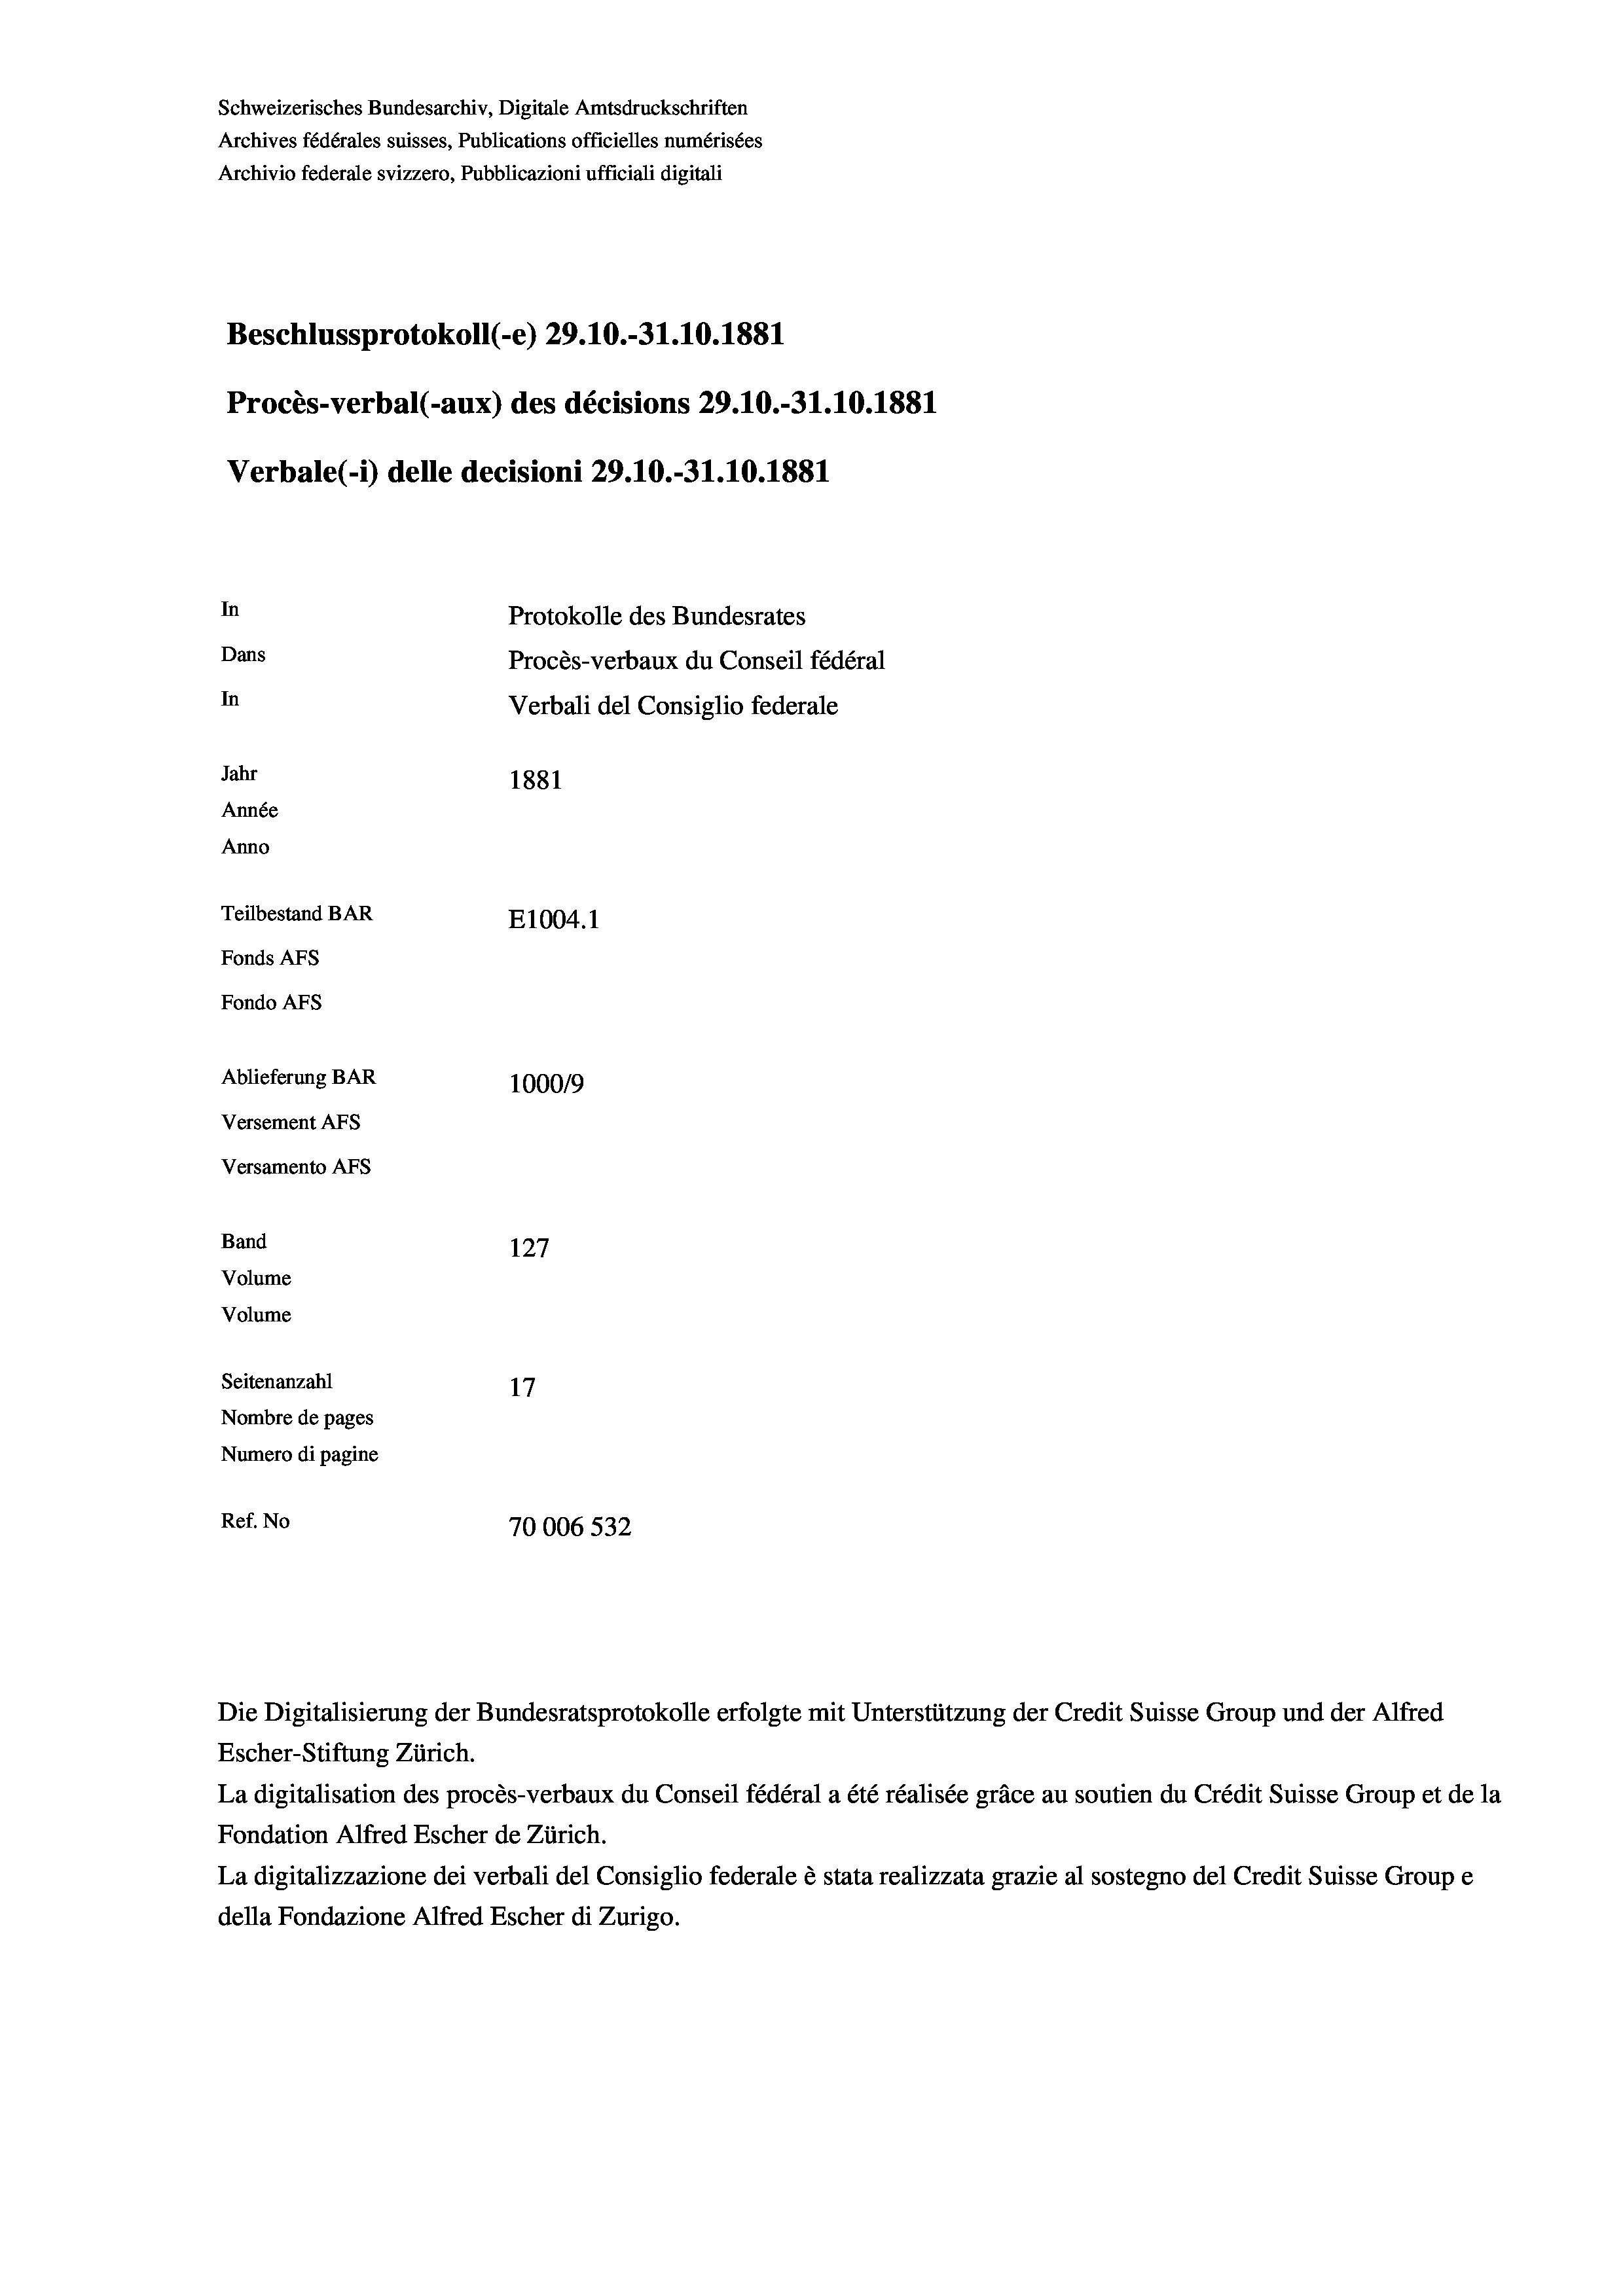
Schweizerisches Bundesarchiv, Digitale Amtsdruckschriften
Archives fédérales suisses, Publications officielles numérisées
Archivio federale svizzero, Pubblicazioni ufficiali digitali
Beschlussprotokoll (-e) 29.10.-31.10.1881
Procès-verbal (-aux) des décisions 29.10.-31.10.1881
Verbale (- 1) delle decisioni 29.10.-31.10.1881
In
Protokolle des Bundesrates
Dans
Procès-verbaux du Conseil fédéral
In
Verbali del Consiglio federale
Jahr
1881
Année
Anno
Teilbestand BAR
E1004. 1
Fonds AFs
Fondo AFS
Ablieferung BAR
100019
Versement AFs
Versamento AFs
Band
127
Volume
Volume
Seitenanzahl
17
Nombre de pages
Numero di pagine
Ref. No
70006 532

Die Digitalisierung der Bundesratsprotokolle erfolgte mit Unterstützung der Credit Suisse Group und der Alfred
Escher-Stiftung Zürich.
La digitalisation des procès-verbaux du Conseil fédéral a été réalisée gräce au soutien du Crédit Suisse Group et de la
Fondation Alfred Escher de Zürich.
La digitalizzazione dei verbali del Consiglio federale è stata realizzata grazie al sostegno del Credit Suisse Groupe
della Fondazione Alfred Escher di Zurigo.